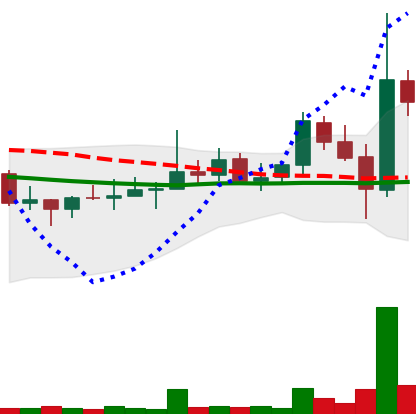
Ticker: DOGE-USD
Chart end date: 2021-10-29
Forward return: -6.408%
Label: down_5_7